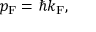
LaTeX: p _ { \mathrm { F } } = \hbar k _ { \mathrm { F } } ,